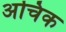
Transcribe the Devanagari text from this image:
अचिक